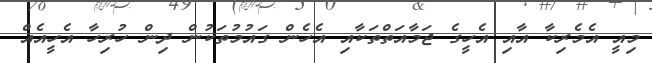
މިއީ އެމެރިކާ އާއި އެހީގެ ޖަމާއަތްތަކާއި އެހެން ގައުމުތަކުން ދިން ހުރިހާ އެހީއެއް